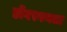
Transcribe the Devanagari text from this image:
डोंगरगणला